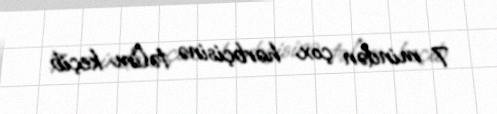
7 mindən çox hərbçisinə təlim keçib.